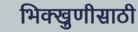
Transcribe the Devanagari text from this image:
भिक्खुणीसाठी